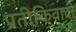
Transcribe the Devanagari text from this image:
प्रतीकिवादी